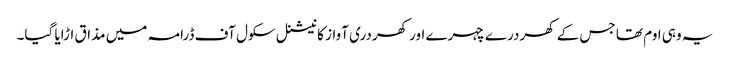
یہ وہی اوم تھا جس کے کھردرے چہرے اور کھردری آواز کا نیشنل سکول آف ڈرامہ میں مذاق اڑایا گیا۔